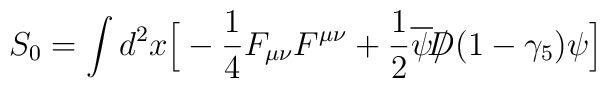
S_0 = \int d^2x \Big[ -{1\over 4} F_{\mu\nu} F^{\mu\nu} +{1\over 2}\overline \psi {\slash\!\!\!\!D} (1-\gamma_5) \psi \Big]